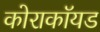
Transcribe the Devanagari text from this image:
कोराकॉयड